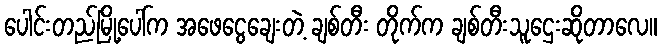
ပေါင်းတည်မြို့ပေါ်က အဖေငွေချေးတဲ့ ချစ်တီး တိုက်က ချစ်တီးသူဌေးဆိုတာလေ။